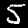
Label: 5